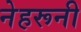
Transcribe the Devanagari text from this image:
नेहरूनी